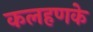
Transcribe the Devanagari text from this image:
कलहणके